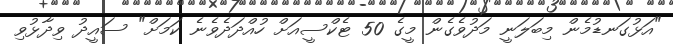
"އަޅުގަނޑުމެން މިބަލަނީ މަދުވެގެން މީގެ 50 ޓެކްސީއަށް ހުއްދަދެވެނެ ކަމަށް" ސައީދު ވިދާޅުވި